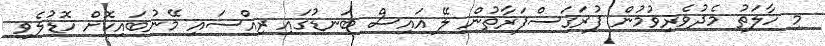
މި ހާލަތު މެދުވެރިވުމުން ފުރަގަސްފަރާތުން ލޭ އައިސް ބަނޑުގައި ރިއްސައި މޭނުބައިކޮށް ހޮޑުލެވި